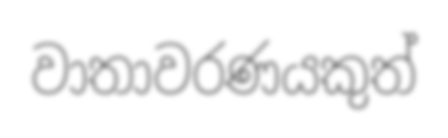
වාතාවරණයකුත්